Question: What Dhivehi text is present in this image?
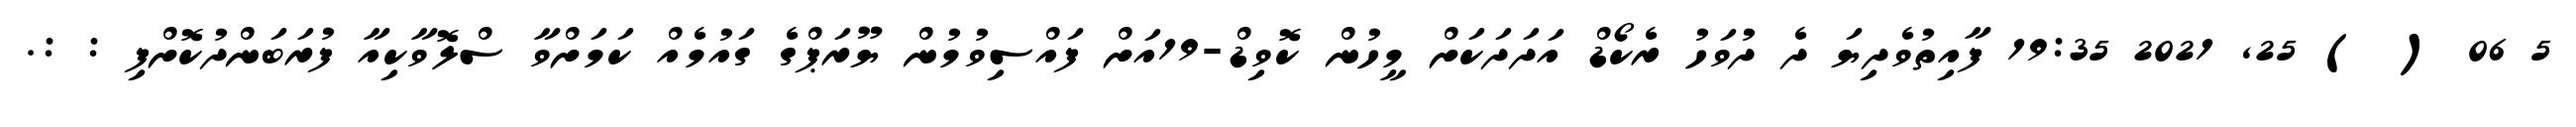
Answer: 5 06 ( ) 25, 2021 19:35 ފާއިތުވެދިޔަ ދެ ދުވަހު ރެކޯޑް އަދަދަކަށް މީހުން ކޮވިޑް-19އަށް ފައްސިވުމުން ޔޫރަޕްގެ ގައުމެއް ކަމަށްވާ ސްލޮވާކިއާ ފުރަބަންދުކޮށްފި : :.